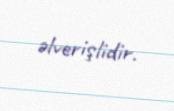
əlverişlidir.